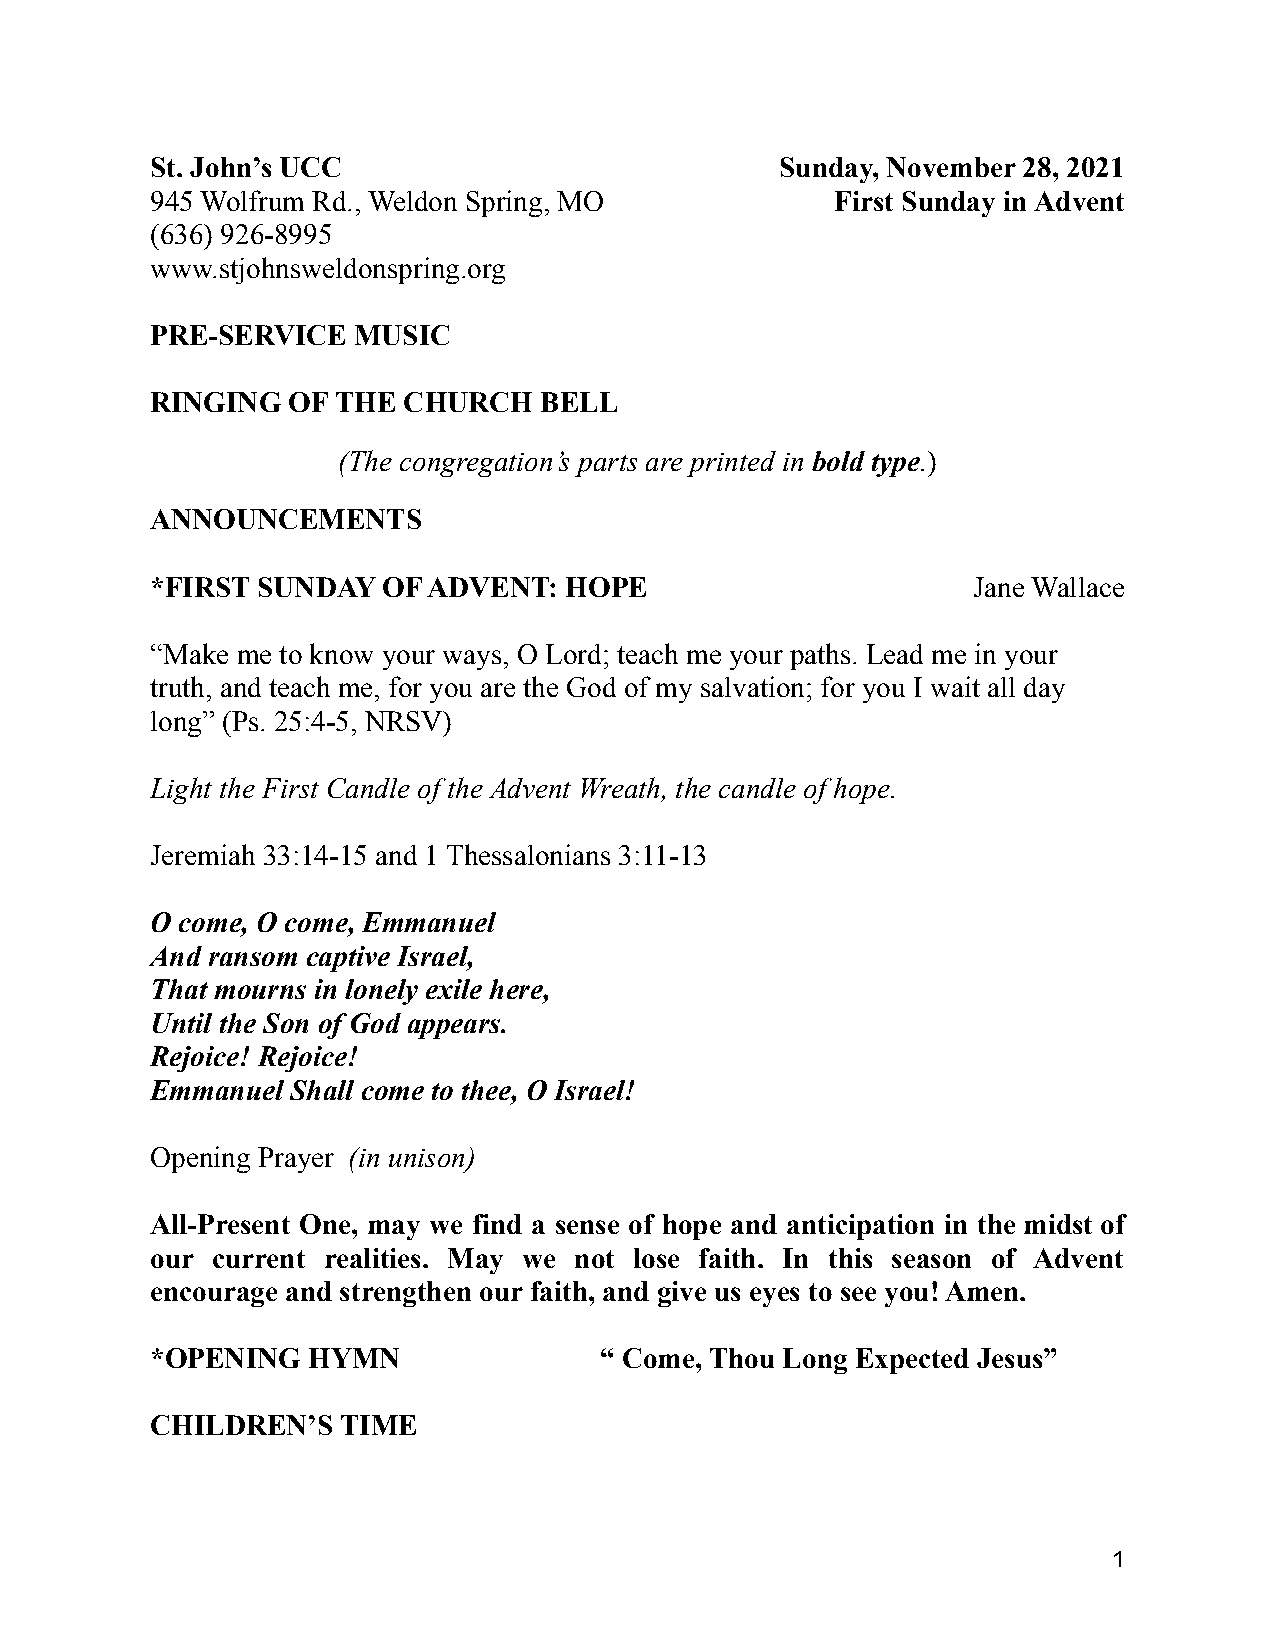
St. John’s UCC                            Sunday, November 28, 2021
 945 Wolfrum Rd., Weldon Spring, MO           First Sunday in Advent
 (636) 926-8995
 www.stjohnsweldonspring.org
 PRE-SERVICE  MUSIC
 RINGING  OF THE  CHURCH   BELL
 (The congregation’s parts are printed in bold type.)
 ANNOUNCEMENTS
 *FIRST SUNDAY  OF ADVENT:  HOPE                       Jane Wallace
 “Make me to know your ways, O Lord; teach me your paths. Lead me in your
 truth, and teach me, for you are the God of my salvation; for you I wait all day
 long” (Ps. 25:4-5, NRSV)
 Light the First Candle of the Advent Wreath, the candle of hope.
 Jeremiah 33:14-15 and 1 Thessalonians 3:11-13
 O come, O come, Emmanuel
 And ransom captive Israel,
 That mourns in lonely exile here,
 Until the Son of God appears.
 Rejoice! Rejoice!
 Emmanuel Shall come to thee, O Israel!
 Opening Prayer (in unison)
 All-Present One, may we find a sense of hope and anticipation in the midst of
 our current realities. May we not lose faith. In this season of Advent
 encourage and strengthen our faith, and give us eyes to see you! Amen.
 *OPENING  HYMN                “ Come, Thou Long Expected Jesus”
 CHILDREN’S  TIME
 1